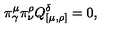
\pi _ { \gamma } ^ { \mu } \pi _ { \nu } ^ { \rho } Q _ { [ \mu , \rho ] } ^ { \delta } = 0 ,